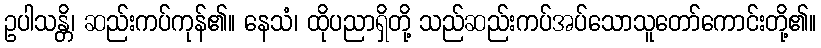
ဥပါသန္တိ၊ ဆည်းကပ်ကုန်၏။ နေသံ၊ ထိုပညာရှိတို့ သည်ဆည်းကပ်အပ်သောသူတော်ကောင်းတို့၏။